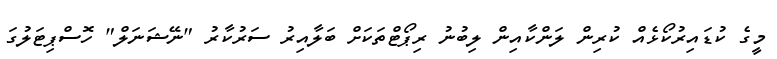
މީގެ ކުޑައިރުކޯޅެއް ކުރިން ލަންކާއިން ލިބުނު ރިޕޯޓްތަކަށް ބަލާއިރު ސަރުކާރު "ނޭޝަނަލް" ހޮސްޕިޓަލުގަ